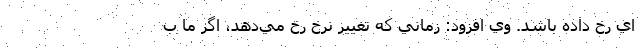
اي رخ داده باشد. وي افزود: زماني كه تغيير نرخ رخ مي‌دهد، اگر ما ب